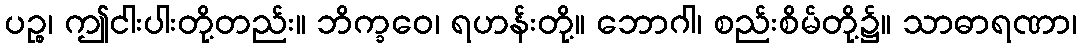
ပဉ္စ၊ ဤငါးပါးတို့တည်း။ ဘိက္ခဝေ၊ ရဟန်းတို့။ ဘောဂါ၊ စည်းစိမ်တို့၌။ သာဓာရဏာ၊